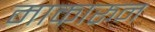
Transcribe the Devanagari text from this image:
माकारून